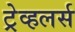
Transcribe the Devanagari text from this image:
ट्रेव्हलर्स